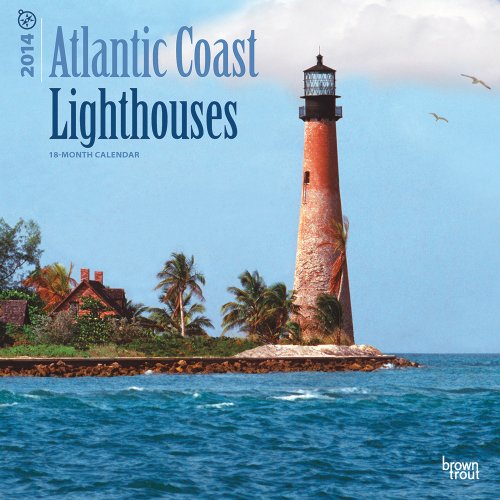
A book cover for Atlantic Coast Lighthouses Calendar; Calendars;